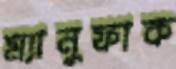
ম্যানুফাক